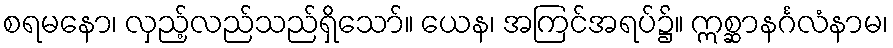
စရမနော၊ လှည့်လည်သည်ရှိသော်။ ယေန၊ အကြင်အရပ်၌။ ဣစ္ဆာနင်္ဂလံနာမ၊